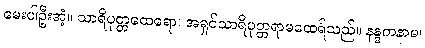
မေးပါဦးအံ့။ သာရိပုတ္တထေရော၊ အရှင်သာရိပုတ္တရာမထေရ်သည်။ နန္ဒကနာမ၊